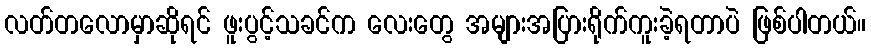
လတ်တလောမှာဆိုရင် ဖူးပွင့်သခင်က လေးတွေ အများအပြားရိုက်ကူးခဲ့ရတာပဲ ဖြစ်ပါတယ်။